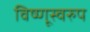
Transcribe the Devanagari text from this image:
विष्णूस्वरुप